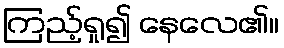
ကြည့်ရှု၍ နေလေ၏။